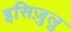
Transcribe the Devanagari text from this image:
इसिज़ुलु